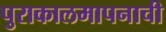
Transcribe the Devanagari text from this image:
पुराकालमापनाची